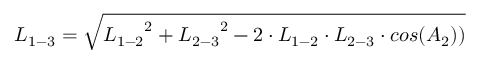
{ L _ { 1 - 3 } } = \sqrt { { L _ { 1 - 2 } } ^ { 2 } + { L _ { 2 - 3 } } ^ { 2 } - 2 \cdot { L _ { 1 - 2 } } \cdot { L _ { 2 - 3 } } \cdot c o s ( { A _ { 2 } } ) ) }